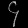
Digit: ၄